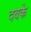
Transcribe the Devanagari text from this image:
दबके